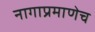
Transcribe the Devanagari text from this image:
नागाप्रमाणेच